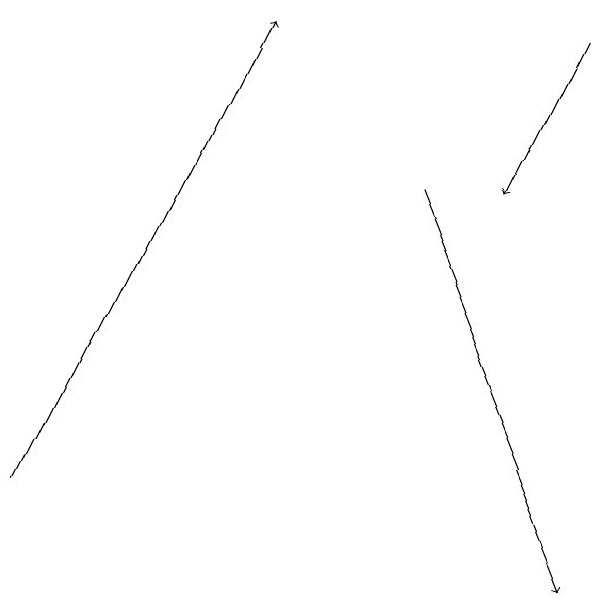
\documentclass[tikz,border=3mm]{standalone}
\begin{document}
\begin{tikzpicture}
\draw[->] (7,19) -- (6,17);
\draw[->] (5,17) -- (7,12);
\draw[->] (0,13) -- (3,19);
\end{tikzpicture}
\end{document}